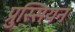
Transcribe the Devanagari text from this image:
प्रुस्सियन